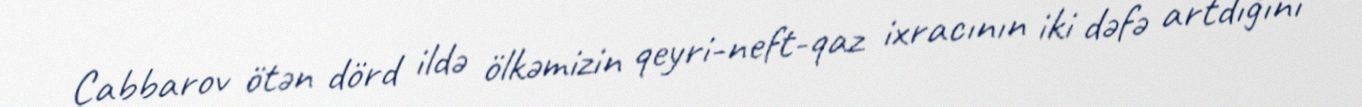
Cabbarov ötən dörd ildə ölkəmizin qeyri-neft-qaz ixracının iki dəfə artdığını